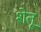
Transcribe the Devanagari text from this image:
शेतू